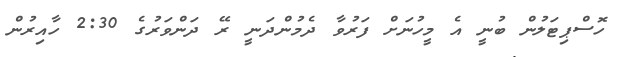
ހޮސްޕިޓަލުން ބުނީ އެ މީހުނަށް ފަރުވާ ދެމުންދަނީ ރޭ ދަންވަރުގެ 2:30 ހާއިރުން